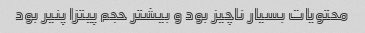
محتویات بسیار ناچیز بود و بیشتر حجم پیتزا پنیر بود